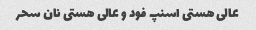
عالی هستی اسنپ فود و عالی هستی نان سحر